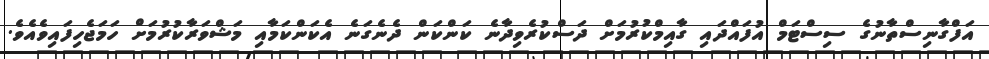
އަފްގާނިސްތާނުގެ ސިސްޓަމް އުފައްދައި ގާއިމްކުރުމަށް ދަސްކުރެވިދާނެ ކަންކަން ދެނެގަނެ އެކަންކަމާއި މަޝްވަރާކުރުމަށް ހަމަޖެހިފައިިވެއެވެ.